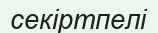
секіртпелі